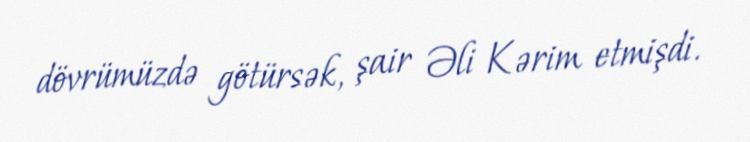
dövrümüzdə götürsək, şair Əli Kərim etmişdi.